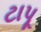
ટાપૂ